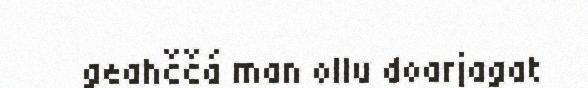
geahččá man ollu doarjagat